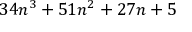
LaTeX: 3 4 n ^ { 3 } + 5 1 n ^ { 2 } + 2 7 n + 5